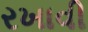
રખાવી